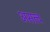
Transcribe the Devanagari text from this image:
असत्व